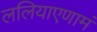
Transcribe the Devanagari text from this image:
ललियाएणामं